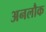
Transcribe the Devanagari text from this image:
अनलौक